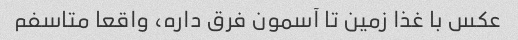
عکس با غذا زمین تا آسمون فرق داره، واقعا متاسفم